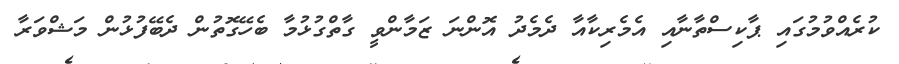
ކުރެއްވުމުގައި ޕާކިސްތާނާއި އެމެރިކާއާ ދެމެދު އޮންނަ ޒަމާންވީ ގާތްގުޅުމާ ބެހޭގޮތުން ދެބޭފުޅުން މަޝްވަރާ